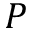
P